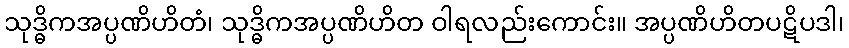
သုဒ္ဓိကအပ္ပဏိဟိတံ၊ သုဒ္ဓိကအပ္ပဏိဟိတ ဝါရလည်းကောင်း။ အပ္ပဏိဟိတပဋိပဒါ၊